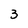
Character: 3